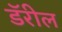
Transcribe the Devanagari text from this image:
डॅरील